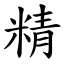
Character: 精